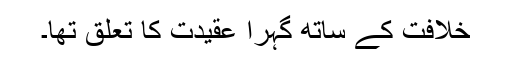
خلافت کے ساتھ گہرا عقیدت کا تعلق تھا۔